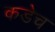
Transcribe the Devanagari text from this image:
कडेच